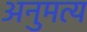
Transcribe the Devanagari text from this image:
अनुमत्य